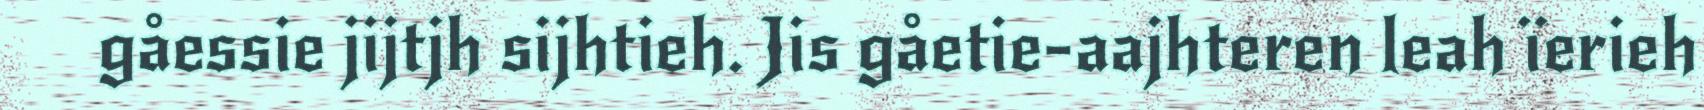
gåessie jijtjh sijhtieh. Jis gåetie-aajhteren leah ïerieh